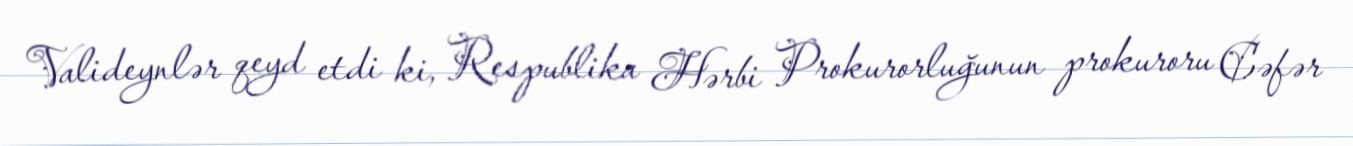
Valideynlər qeyd etdi ki, Respublika Hərbi Prokurorluğunun prokuroru Cəfər